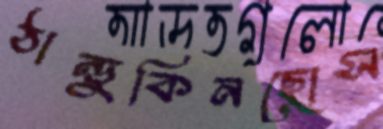
ঠান্ডুকিনছোস